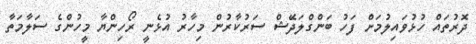
ދޮރުތައް ހުޅުވައިލުމަށް ފަހު ބަންގްލަދޭަޝް ސަރުކާރުން މިހާރު އުޅެނީ ރޯހިންޔާ މީހުންގެ ސަލާމަތާ